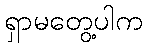
ရှာမတွေ့ပါက